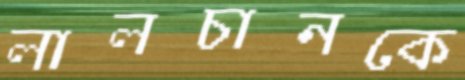
লালচানকে